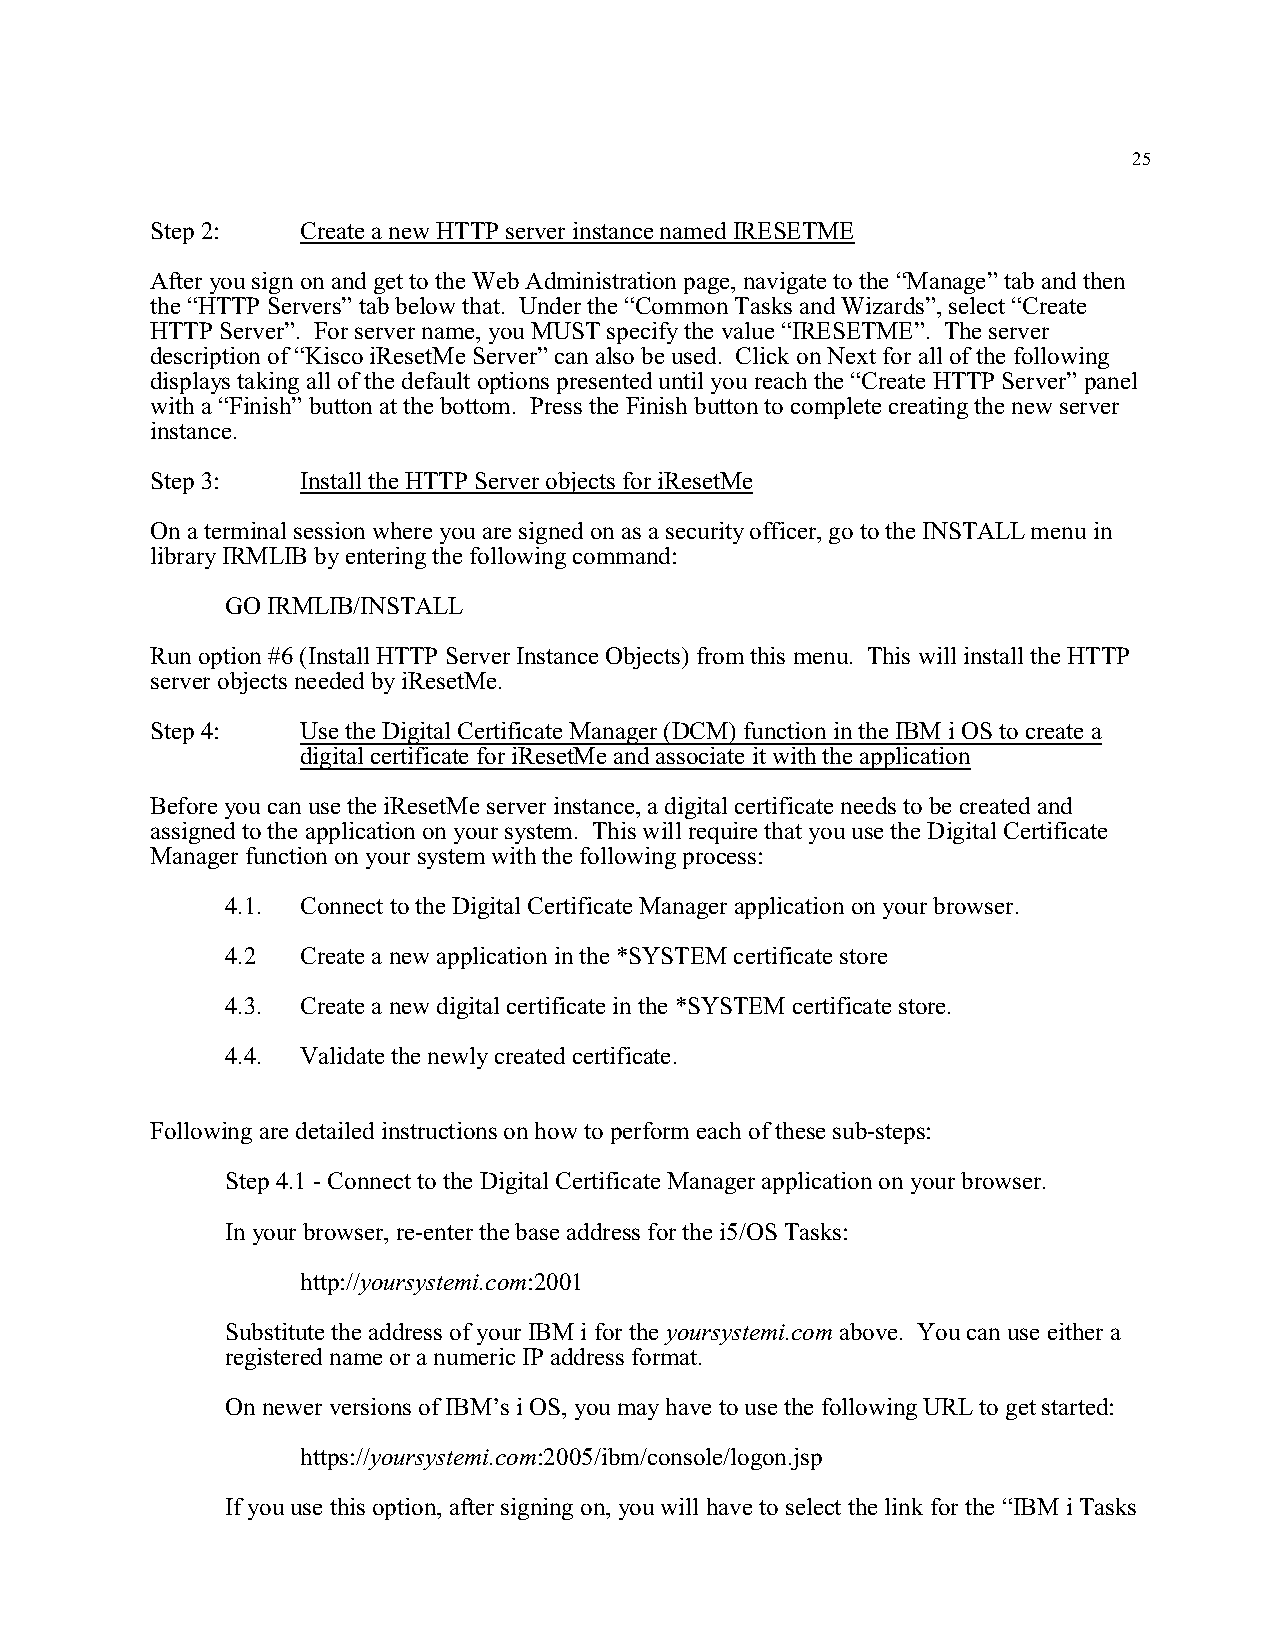
25
 Step 2:   Create a new HTTP server instance named IRESETME
 After you sign on and get to the Web Administration page, navigate to the “Manage” tab and then
 the “HTTP Servers” tab below that. Under the “Common Tasks and Wizards”, select “Create
 HTTP Server”. For server name, you MUST specify the value “IRESETME”. The server
 description of “Kisco iResetMe Server” can also be used. Click on Next for all of the following
 displays taking all of the default options presented until you reach the “Create HTTP Server” panel
 with a “Finish” button at the bottom. Press the Finish button to complete creating the new server
 instance.
 Step 3:   Install the HTTP Server objects for iResetMe
 On a terminal session where you are signed on as a security officer, go to the INSTALL menu in
 library IRMLIB by entering the following command:
 GO IRMLIB/INSTALL
 Run option #6 (Install HTTP Server Instance Objects) from this menu. This will install the HTTP
 server objects needed by iResetMe.
 Step 4:   Use the Digital Certificate Manager (DCM) function in the IBM i OS to create a
 digital certificate for iResetMe and associate it with the application
 Before you can use the iResetMe server instance, a digital certificate needs to be created and
 assigned to the application on your system. This will require that you use the Digital Certificate
 Manager function on your system with the following process:
 4.1. Connect to the Digital Certificate Manager application on your browser.
 4.2  Create a new application in the *SYSTEM certificate store
 4.3. Create a new digital certificate in the *SYSTEM certificate store.
 4.4. Validate the newly created certificate.
 Following are detailed instructions on how to perform each of these sub-steps:
 Step 4.1 - Connect to the Digital Certificate Manager application on your browser.
 In your browser, re-enter the base address for the i5/OS Tasks:
 http://yoursystemi.com:2001
 Substitute the address of your IBM i for the yoursystemi.com above. You can use either a
 registered name or a numeric IP address format.
 On newer versions of IBM’s i OS, you may have to use the following URL to get started:
 https://yoursystemi.com:2005/ibm/console/logon.jsp
 If you use this option, after signing on, you will have to select the link for the “IBM i Tasks